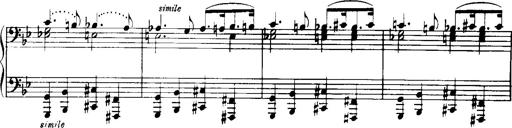
Title: Historische ungarische Bildnisse
Composer: Franz Liszt